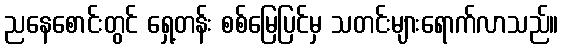
ညနေစောင်းတွင် ရှေ့တန်း စစ်မြေပြင်မှ သတင်းများရောက်လာသည်။